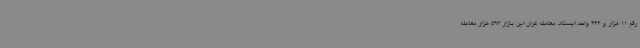
رقم 11 هزار و 466 واحد ایستاد. معامله گران این بازار 593 هزار معامله